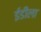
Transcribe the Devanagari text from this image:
ईडीला